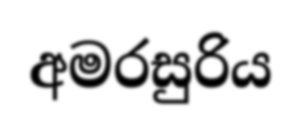
අමරසුරිය